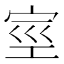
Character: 𰌿